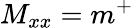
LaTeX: M_{xx}=m^{+}